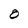
Character: O